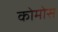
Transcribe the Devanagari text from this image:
कोमोस